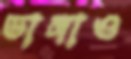
ভাঙ্গাও